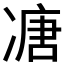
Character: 𠗶